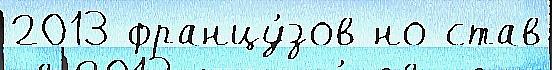
2013 францу́зов но став